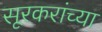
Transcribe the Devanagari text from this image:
सूरकरांच्या